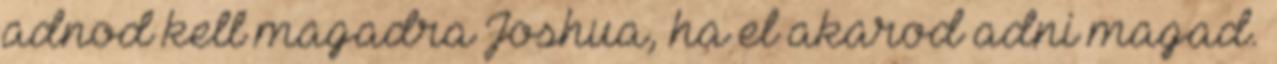
adnod kell magadra Joshua, ha el akarod adni magad.